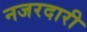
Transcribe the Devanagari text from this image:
नजरदारी